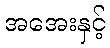
အအေးနှင့်